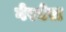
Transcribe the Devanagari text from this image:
गेरबेरा